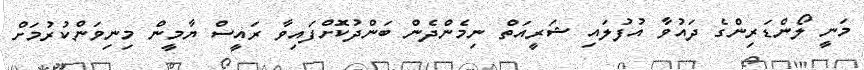
މަނީ ލޯންޑަރިންގެ ދައުވާ އުފުލައި ޝަރީއަތް ނިމެންދެން ބަންދުކޮށްފައިވާ ރައީސް ޔާމީން މިނިވަންކުރުމަށް